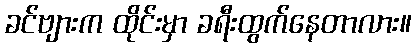
ခင်ဗျားက ထိုင်းမှာ ခရီးထွက်နေတာလား။